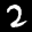
Label: 2